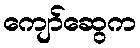
ကျော်ဆွေက